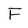
Character: F